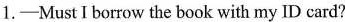
1.——Must I borrow the book with my ID card?